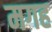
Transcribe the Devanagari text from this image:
मगह